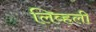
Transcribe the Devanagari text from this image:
लिव्हली